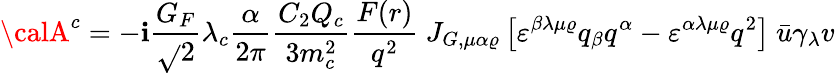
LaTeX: {\calA}^{c}=-\mathbf{i}\frac{{G_{F}}}{{\sqrt{}{{2}}}}\lambda_{c}\frac{{\alpha}}{{2\pi}}\frac{{C_{2}Q_{c}}}{{3m_{c}^{2}}}\frac{{F(r)}}{{q^{2}}}\ J_{G,\mu\alpha\varrho}\left[\varepsilon^{\beta\lambda\mu\varrho}q_{\beta}q^{\alpha}-\varepsilon^{\alpha\lambda\mu\varrho}q^{2}\right]\ \bar{{u}}\gamma_{\lambda}v